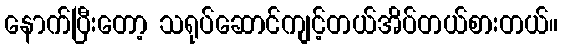
နောက်ပြီးတော့ သရုပ်ဆောင်ကျင့်တယ်အိပ်တယ်စားတယ်။